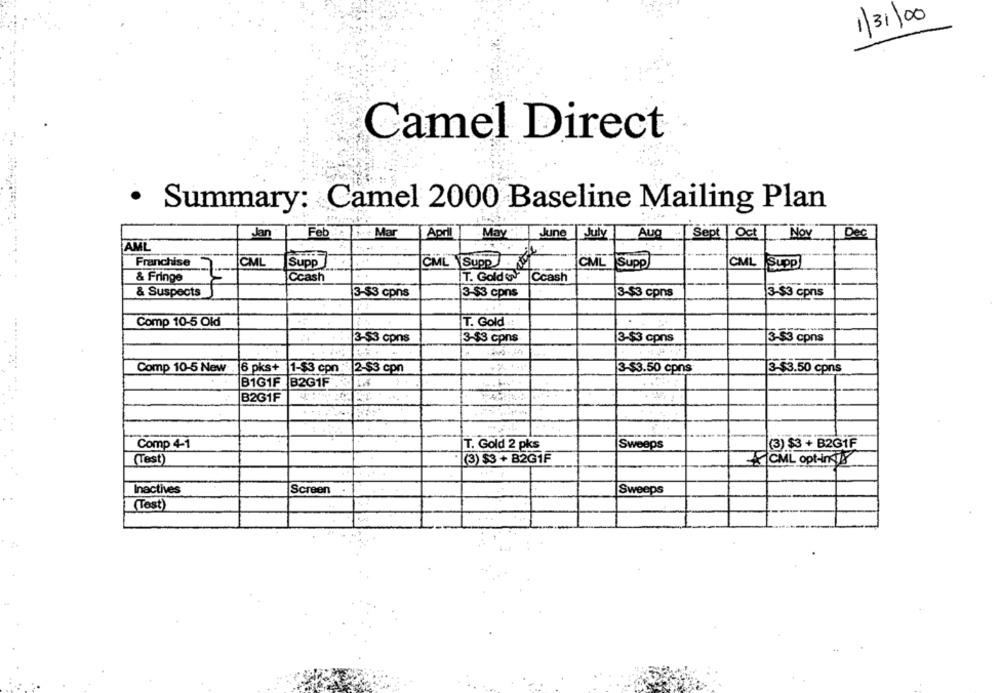
1/31/00
Camel Direct
· Summary: Camel 2000 Baseline Mailing Plan
Jan
Feb . Mar
April
May
June
July
Aug
Sept Oct Nov Dec
AML
Franchise
CML
CML Supp
CML Supp
Supp
CML Suppl
& Fringe
..
Ccash
T. Gold& Ccash
& Suspects
3-$3 cpns
3-$3 cpns
3-$3 cpns
3-$3 cpns
Comp 10-5 Old
T. Gold ::
3-53 cpns
3-$3 cpns
3-$3 cpns
3-$3 cpns
Comp 10-5 New
6 pks+
1-$3 cpn
2-$3 cpn
3-$3.50 cpns
3-$3.50 cpns
B1G1F
B2G1F
10
B261F
Comp 4-1
T. Gold 2 pks
Sweeps
(3) $3 + B2G1F
(Test)
(3) $3 + B2G1F
CML opt-in
Inactives
Screen
Sweeps
(Test)